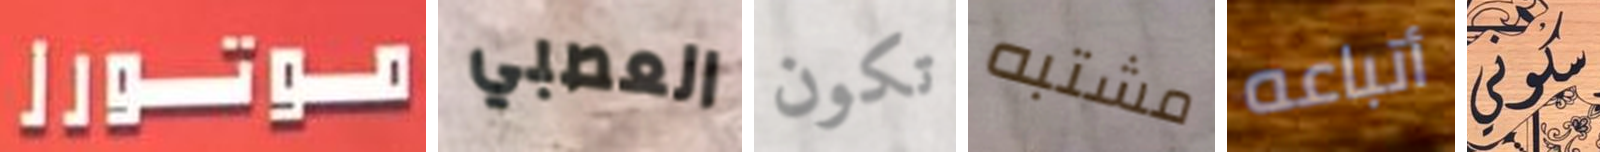
موتورز العصبي تكون مشتبه أتباعه سكوني